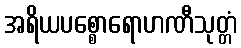
အရိယပစ္စောရောဟဏီသုတ္တံ